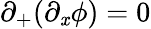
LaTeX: \partial_{+}(\partial_{\mathit{x}}\phi)=0